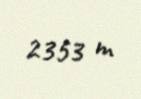
2353 m